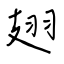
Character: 翅